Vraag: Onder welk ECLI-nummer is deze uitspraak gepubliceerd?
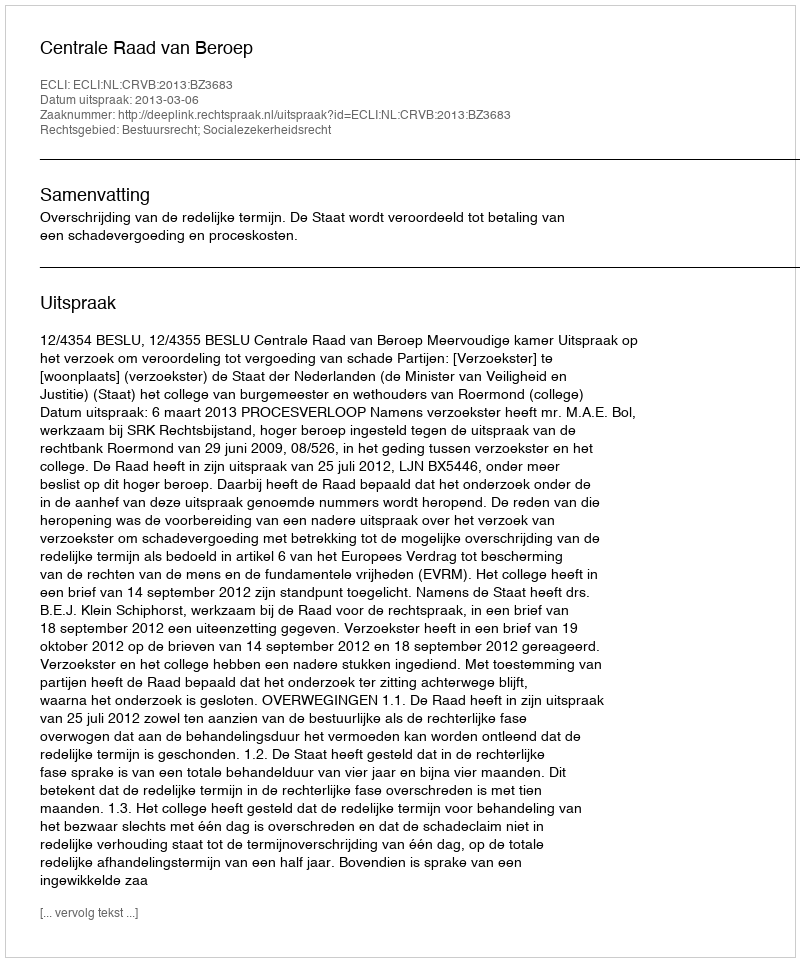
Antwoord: ECLI:NL:CRVB:2013:BZ3683